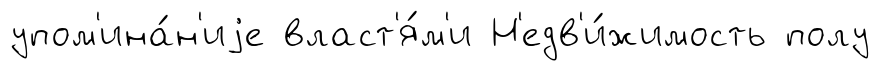
упом'ина́н'иjе власт'я́м'и Н'едв'и́жимость полу